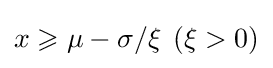
x\geqslant \mu -\sigma /\xi \,\;(\xi >0)